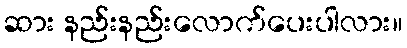
ဆား နည်းနည်းလောက်ပေးပါလား။